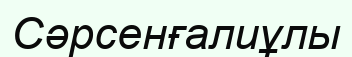
Сәрсенғалиұлы